Manual of vaccination for the United Provinces of Agra and Oudh -
Year: 1903
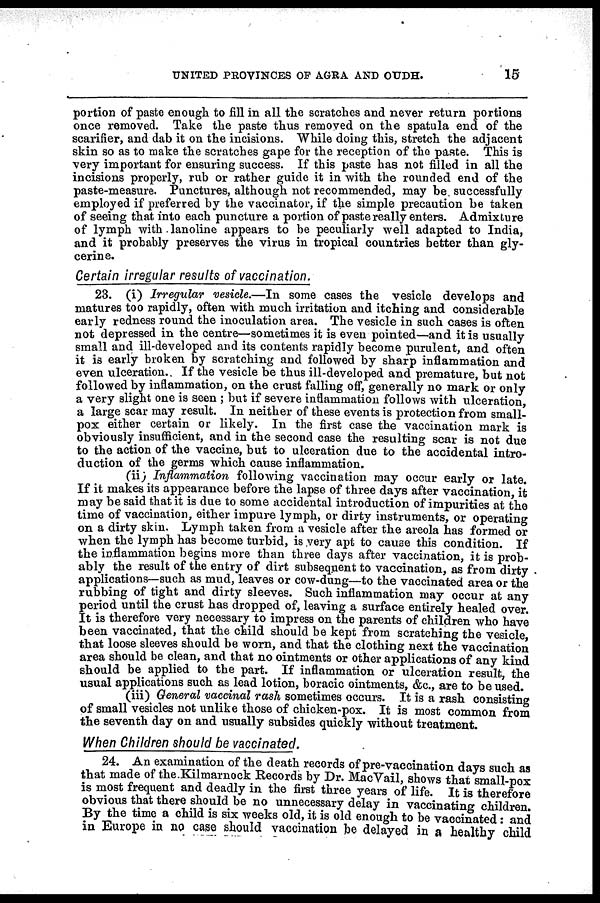
UNITED PROVINCES OF AGRA AND OUDH.
15
portion of paste enough to fill in all the scratches and never return portions
once removed. Take the paste thus removed on the spatula end of the
scarifier, and dab it on the incisions. While doing this, stretch the adjacent
skin so as to make the scratches gape for the reception of the paste. This is
very important for ensuring success. If this paste has not filled in all the
incisions properly, rub or rather guide it in with the rounded end of the
paste-measure. Punctures, although not recommended, may be successfully
employed if preferred by the vaccinator, if the simple precaution be taken
of seeing that into each puncture a portion of paste really enters. Admixture
of lymph with lanoline appears to be peculiarly well adapted to India,
and it probably preserves the virus in tropical countries better than gly-
cerine.
Certain irregular results of vaccination.
23. (i) Irregular vesicle.—In some cases the vesicle develops and
matures too rapidly, often with much irritation and itching and considerable
early redness round the inoculation area. The vesicle in such cases is often
not depressed in the centre—sometimes it is even pointed—and it is usually
small and ill-developed and its contents rapidly become purulent, and often
it is early broken by scratching and followed by sharp inflammation and
even ulceration. If the vesicle be thus ill-developed and premature, but not
followed by inflammation, on the crust falling off, generally no mark or only
a very slight one is seen ; but if severe inflammation follows with ulceration,
a large scar may result. In neither of these events is protection from small-
pox either certain or likely. In the first case the vaccination mark is
obviously insufficient, and in the second case the resulting scar is not due
to the action of the vaccine, but to ulceration due to the accidental intro-
duction of the germs which cause inflammation.
(ii) Inflammation following vaccination may occur early or late.
If it makes its appearance before the lapse of three days after vaccination, it
may be said that it is due to some accidental introduction of impurities at the
time of vaccination, either impure lymph, or dirty instruments, or operating
on a dirty skin. Lymph taken from a vesicle after the areola has formed or
when the lymph has become turbid, is very apt to cause this condition. If
the inflammation begins more than three days after vaccination, it is prob-
ably the result of the entry of dirt subsequent to vaccination, as from dirty
applications—such as mud, leaves or cow-dung—to the vaccinated area or the
rubbing of tight and dirty sleeves. Such inflammation may occur at any
p eriod until the crust has dropped of, leaving a surface entirely healed over.
It is therefore very necessary to impress on the parents of children who have
been vaccinated, that the child should be kept from scratching the vesicle
that loose sleeves should be worn, and that the clothing next the vaccination
area should be clean, and that no ointments or other applications of any kind
should be applied to the part. If inflammation or ulceration result, the
usual applications such as lead lotion, boracic ointments, &c., are to be used,
(iii) General vaccinal rash sometimes occurs. It is a rash consisting
of small vesicles not unlike those of chicken-pox. It is most common from
the seventh day on and usually subsides quickly without treatment
When Children should be vaccinated.
24.
An examination of the deat h records of pre-vaccination days such as
that made of the Kilmarnock Records by Dr. MacVail, shows that small-pox
is most frequent and deadly in the first three years of life. It is therefore
obvious that there should be no unnecessary delay in vaccinating children.
By the time a child is six weeks old, it is old enough to be vaccinated: and
in Europe in
no case should vaccination be delayed in a healthy child